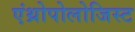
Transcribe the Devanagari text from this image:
एंथ्रोपोलोजिस्ट